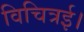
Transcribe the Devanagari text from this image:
विचित्रई।